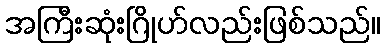
အကြီးဆုံးဂြိုဟ်လည်းဖြစ်သည်။